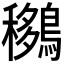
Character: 𪅨